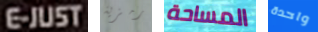
E-JUST رمزية المساحة واحدة